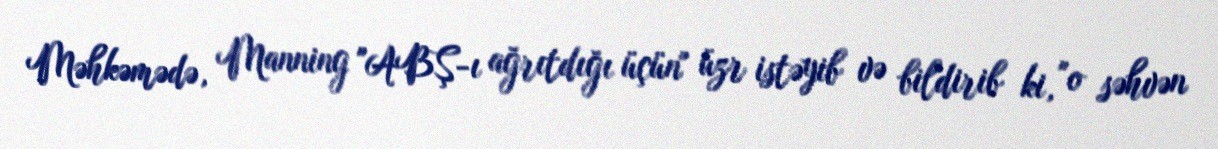
Məhkəmədə, Manning "ABŞ-ı ağrıtdığı üçün" üzr istəyib və bildirib ki, "o səhvən